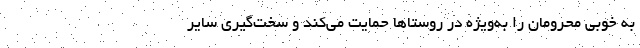
به خوبی محرومان را به‌ویژه در روستاها حمایت می‌کند و سخت‌گیری سایر